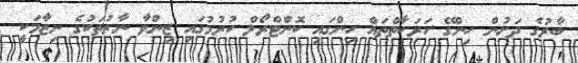
ބާރުގެ ދަށުން ހިންގޭ ހަރަކާތްތައް ހިންގައި ކޮންޓްރޯލް ކުރުމުގައި ޒިންވާ ނާރުތަކުގެ ނިޒާމަކީ